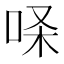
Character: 𰇢